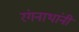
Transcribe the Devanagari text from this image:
रंगनाथांनी